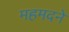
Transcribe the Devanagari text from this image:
महमदने